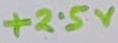
Text: +2.5V